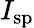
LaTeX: I_{\mathrm{sp}}